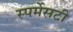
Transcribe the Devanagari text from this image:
स्पर्मेसटी